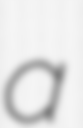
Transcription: a